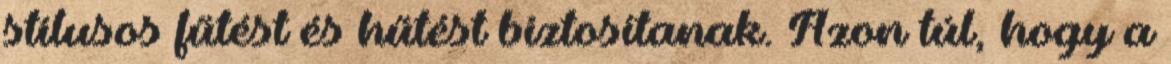
stílusos fűtést és hűtést biztosítanak. Azon túl, hogy a